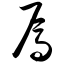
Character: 焉